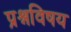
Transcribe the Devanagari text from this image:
प्रश्नविषय